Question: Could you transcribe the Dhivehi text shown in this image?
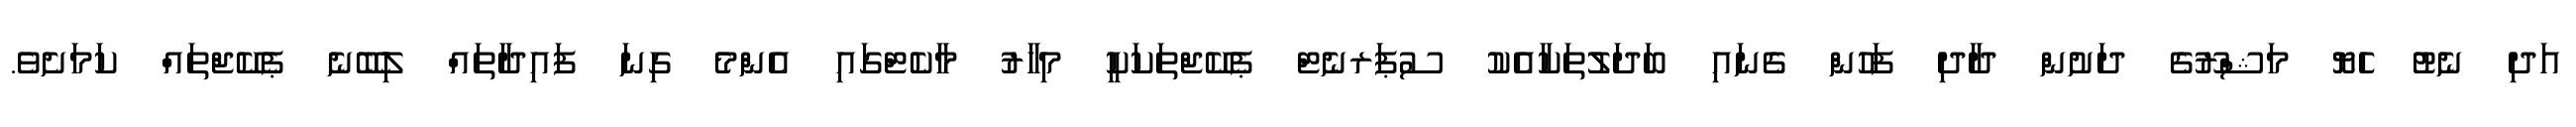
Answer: އަދި ނެޓު ހެޔޮ މަޝްރޫގެ ދަށުން ދާދި ފަހުން ގެނައި ބަދަލުތަކާއެކު ސުޕަރނެޓް ޕެކޭޖްތަކަކީ މިހާރު މާކެޓްގައި އެންމެ ގިނަ ފައިދާތައް ލިބޭނެ ޕެކޭޖްތައް ކަމަށެވެ.